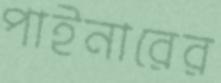
পাইনারের